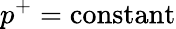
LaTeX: p^{+}=\mathrm{constant}